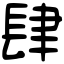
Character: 肆